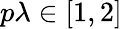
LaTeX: p\lambda\in[1,2]